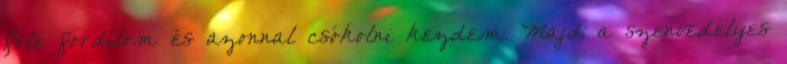
felé fordítom és azonnal csókolni kezdem. Majd a szenvedélyes